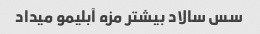
سس سالاد بیشتر مزه آبلیمو میداد